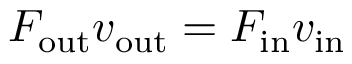
F _ { \mathrm { o u t } } v _ { \mathrm { o u t } } = F _ { \mathrm { i n } } v _ { \mathrm { i n } }